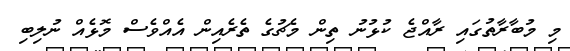
މި މުބާރާތުގައި ރާއްޖެ ކުޅުނު ތިން މެޗުގެ ތެރެއިން އެއްވެސް މޮޅެއް ނުލިބި